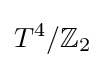
T^{4}/\mathbb {Z} _{2}